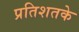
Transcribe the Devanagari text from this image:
प्रतिशतके